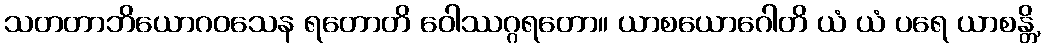
သတတာဘိယောဂဝသေန ရတောတိ ဝေါဿဂ္ဂရတော။ ယာစယောဂေါတိ ယံ ယံ ပရေ ယာစန္တိ,